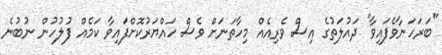
"ބަރަހަނާވެފައިވާ" ދައުލަތުގެ އިސް ވެރިއެއް މިހާތަނަށް ވެސް ހައްޔަރުކޮށްފައިވާ ކަމެއް ފުލުހުން ނުބުނެ